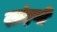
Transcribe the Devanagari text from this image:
खांदणी